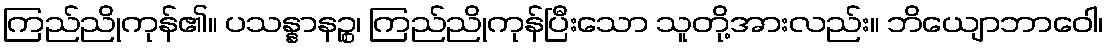
ကြည်ညိုကုန်၏။ ပသန္နာနဉ္စ၊ ကြည်ညိုကုန်ပြီးသော သူတို့အားလည်း။ ဘိယျောဘာဝေါ၊